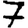
Digit: 7